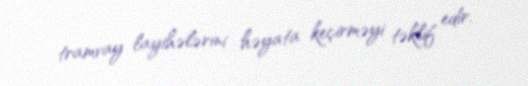
tramvay layihələrini həyata keçirməyi təklif edir.